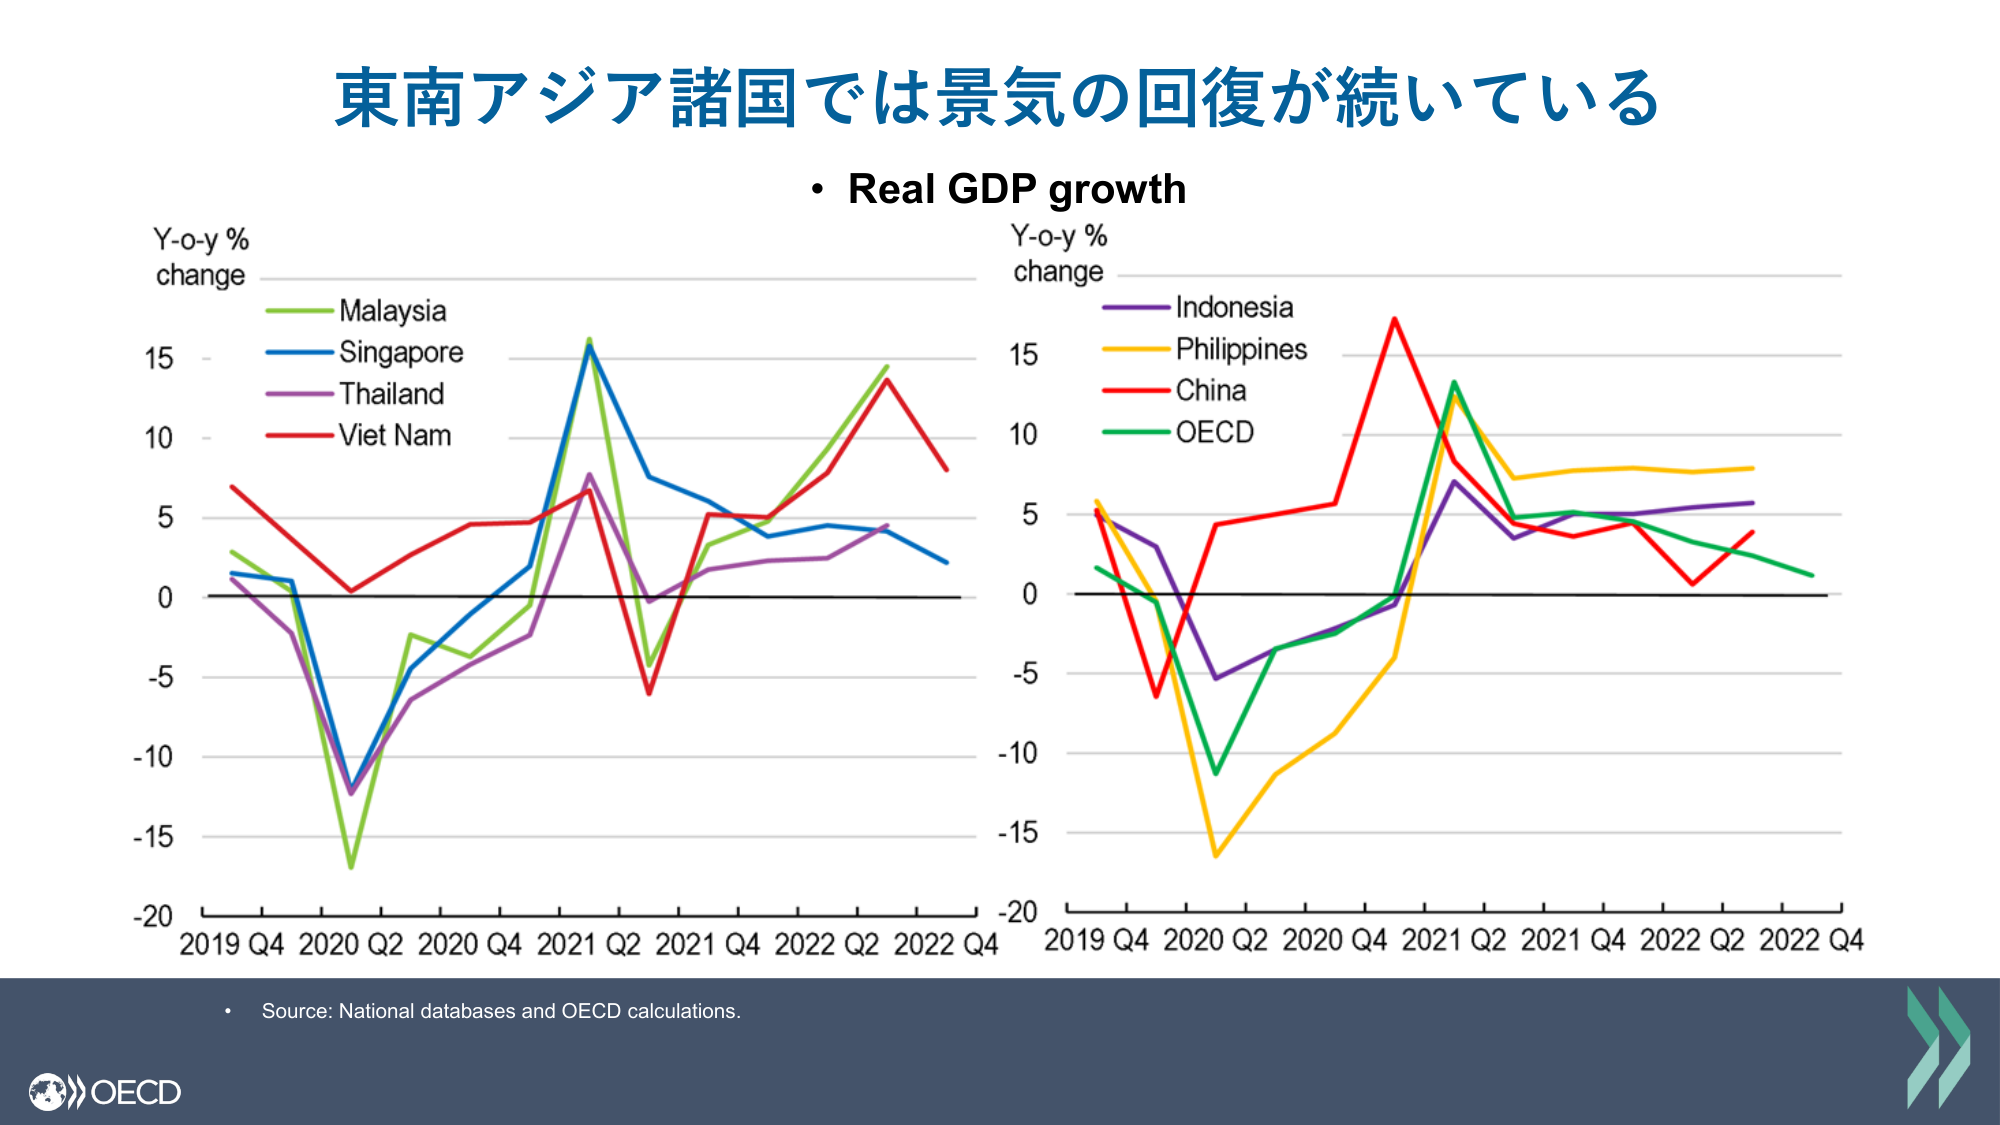
東南アジア諸国では景気の回復が続いている
• Real GDP growth
Y-o-y % change
Malaysia
Singapore
Thailand
Viet Nam
Y-o-y % change
Indonesia
Philippines
China
OECD
2019 Q4 2020 Q2 2020 Q4 2021 Q2 2021 Q4 2022 Q2 2022 Q4
2019 Q4 2020 Q2 2020 Q4 2021 Q2 2021 Q4 2022 Q2 2022 Q4
• Source: National databases and OECD calculations.
OECD